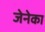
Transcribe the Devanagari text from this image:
जेनेका